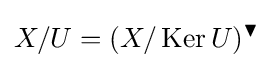
X/U=(X/\operatorname {Ker} U)^{\blacktriangledown }